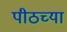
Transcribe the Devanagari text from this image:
पीठच्या